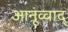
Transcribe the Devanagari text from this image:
आनूव्वाद्